Annual vaccination report of Bihar and Orissa - 1911-1928
Year: 1911
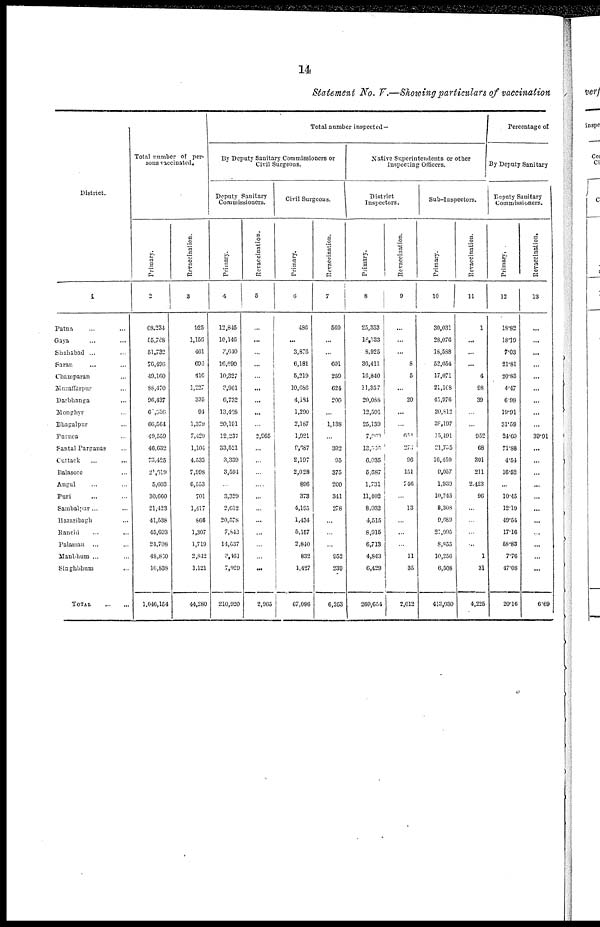
14
Statement No. V.—Showing particulars of vaccination
District.
1
Patna ... ...
Gaya ... ...
Shahabad ... ...
Saran ... ...
Champaran ...
Muzaffarpur ...
Darbhanga ...
Monghyr ...
Bhagalpur ...
Purnea ...
Santal Parganas ...
Cuttack ... ...
Balasore ...
Angul ... ...
Puri ... ...
Sambalpur ... ...
Hazaribagh ...
Ranchi ... ...
Palamau
... ...
Manbhum ... ...
Singhbhum
...
TOTAL
...
...
Total number of per-
sons vaccinated.
Primary.
2
68,234
55,768
51,732
76,496
49,160
88,470
96,437
61,336
66,564
49,559
46,632
73,425
21,019
5,603
30,660
21,423
41,538
45,693
24,708
48,850
16,838
1,046,154
Revaccination.
3
925
1,156
461
696
416
1,227
335
94
1,379
7,429
1,104
4,533
7,998
6,553
701
1,417
866
1,307
1,719
2,842
1,121
44,280
Total number inspected—
By Deputy Sanitary Commissioners or
Civil Surgeons.
Deputy Sanitary
Commissioners.
Primary.
4
12,845
10,146
3,640
16,690
10,327
3,061
6,732
13,408
20,191
12,237
33,521
3,339
3,594
...
3,329
2,612
20,575
7,843
14,537
3,461
7,929
210,920
Revaccination.
5
...
...
...
...
...
...
...
...
...
2,965
...
...
...
....
...
...
...
...
...
...
...
2,965
Civil Surgeons.
Primary.
6
486
...
3,876
6,181
5,219
10,686
4,184
1,290
2,187
1,921
9,687
2,197
2,028
896
373
4,195
1,434
5,157
2,840
832
1,427
67,096
Revaccination.
7
569
...
...
601
259
624
200
...
1,138
...
392
95
375
200
341
278
...
...
...
952
239
6,263
Native Superintendents or other
Inspecting Officers.
District
Inspectors.
Primary.
8
25,353
18,133
8,925
36,411
16,840
11,357
20,088
12,591
25,139
7,969
13,546
6,035
5,687
1,731
11,402
8,032
4,515
8,915
6,713
4,843
6,429
260,654
Revaccination.
9
...
...
...
8
5
...
20
...
...
651
273
96
151
746
...
13
...
...
...
11
35
2,012
Sub-Inspectors.
Primary.
10
30,031
28,076
18,588
52,054
17,071
21,168
45,976
20,812
38,197
15,491
21,755
16,459
9,057
1,939
10,745
8,308
9,689
21,995
8,855
10,256
6,508
413,030
Revaccination.
11
1
...
...
...
4
98
39
...
...
952
68
301
211
2,423
96
...
...
...
...
1
31
4,225
Percentage of
By Deputy Sanitary
Deputy Sanitary
Commissioners.
Primary.
12
18.82
18.19
7.03
21.81
20.83
4.47
6.98
19.91
31.59
24.69
71.88
4.54
16.52
...
10.45
12.19
49.54
17.16
58.83
7.76
47.08
20.16
Revaccination.
13
...
...
...
...
...
...
...
...
...
39.91
...
...
...
...
...
...
...
...
...
...
...
6.69